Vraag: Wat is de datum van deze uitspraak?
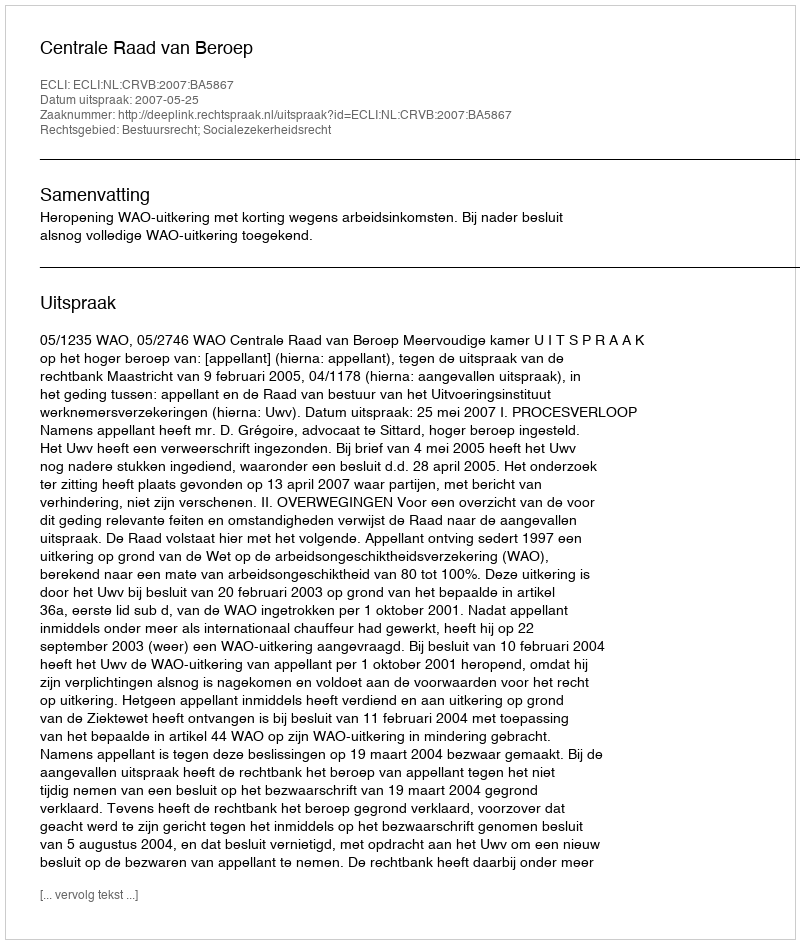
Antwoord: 2007-05-25